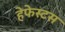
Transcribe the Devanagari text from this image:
हेफेस्टस